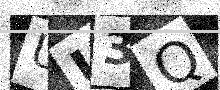
Text: UU3Q